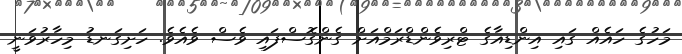
މަހުގެ ހައެއް ގައި އިންޑިއާގެ ޓްރިވެންޑްރަމްއަށް ގެންގޮސްފައި ވެސް ވެއެވެ. ހަށިގަނޑު މިހާރުވަނީ